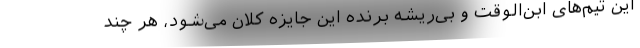
این تیم‌های ابن‌الوقت و بی‌ریشه برنده این جایزه کلان می‌شود، هر چند